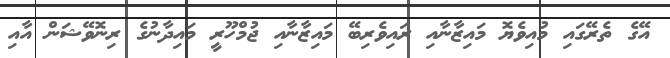
އޭގެ ތެރޭގައި މުއިވެޔޮ މައިޒާނާއި ރައިވެރިބޭ މައިޒާނާއި ޖުމްހޫރީ މައިދާނުގެ ރިނޮވޭޝަން އާއި